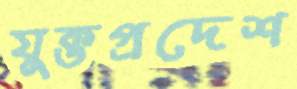
যুক্তপ্রদেশ